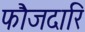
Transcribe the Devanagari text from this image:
फौजदारि